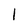
Character: 1